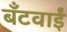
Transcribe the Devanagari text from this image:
बँटवाईं